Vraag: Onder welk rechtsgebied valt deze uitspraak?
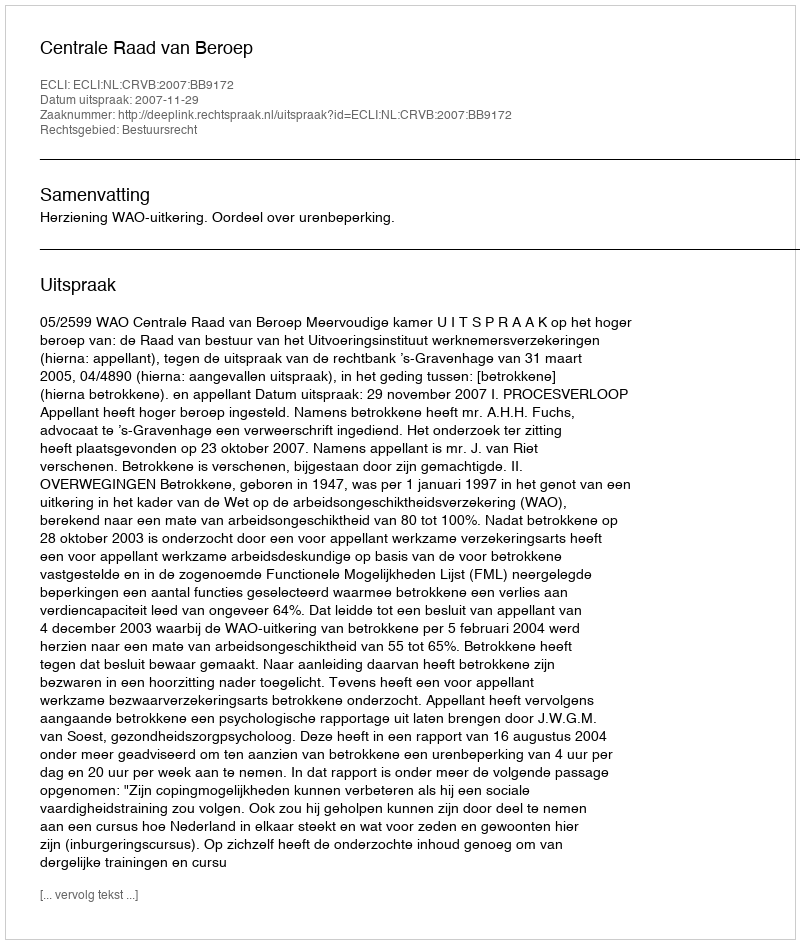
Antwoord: Bestuursrecht